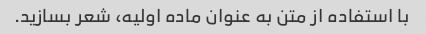
با استفاده از متن به عنوان ماده اولیه، شعر بسازید.